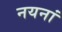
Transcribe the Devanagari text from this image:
नयनां